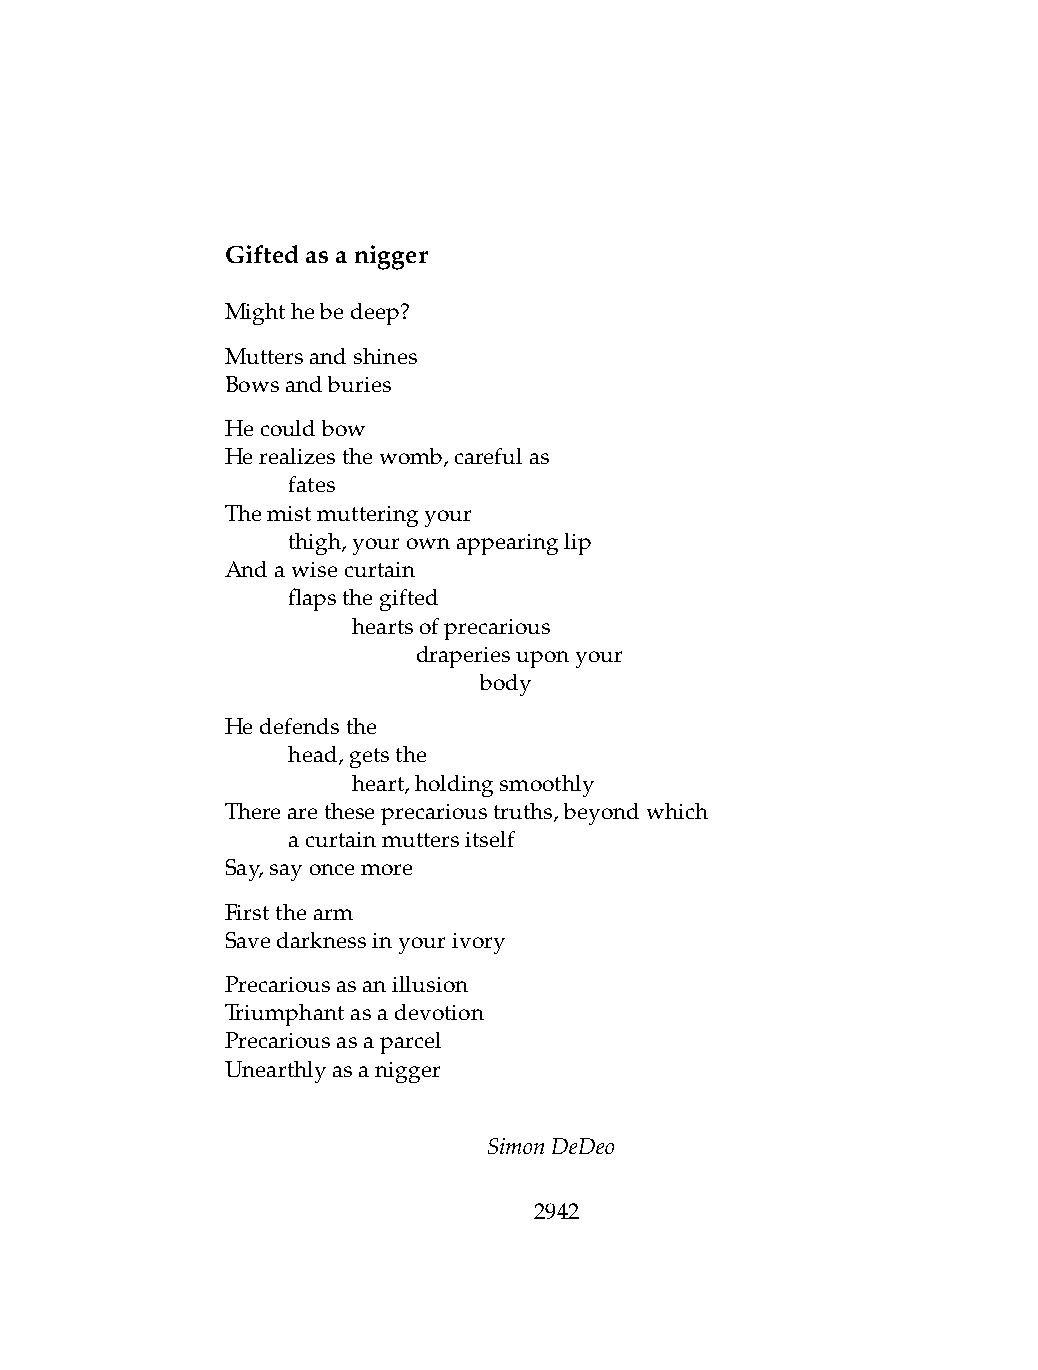
Giftedasanigger
 Mighthebedeep?
 Muttersandshines
 Bowsandburies
 Hecouldbow
 Herealizesthewomb,carefulas
 .   fates
 Themistmutteringyour
 .   thigh,yourownappearinglip
 Andawisecurtain
 .   flapsthegifted
 .   .   heartsofprecarious
 .   .   .    draperiesuponyour
 .   .   .    .   body
 Hedefendsthe
 .   head,getsthe
 .   .   heart,holdingsmoothly
 Therearetheseprecarioustruths,beyondwhich
 .   acurtainmuttersitself
 Say,sayoncemore
 Firstthearm
 Savedarknessinyourivory
 Precariousasanillusion
 Triumphantasadevotion
 Precariousasaparcel
 Unearthlyasanigger
 SimonDeDeo
 2942